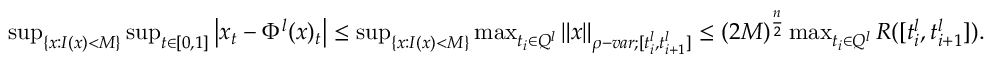
\begin{array} { r } { \operatorname* { s u p } _ { \{ x : I ( x ) < M \} } \operatorname* { s u p } _ { t \in [ 0 , 1 ] } \left| x _ { t } - \Phi ^ { l } ( x ) _ { t } \right| \leq \operatorname* { s u p } _ { \{ x : I ( x ) < M \} } \operatorname* { m a x } _ { t _ { i } \in Q ^ { l } } { \left\lVert { x } \right\rVert } _ { \rho - v a r ; [ t _ { i } ^ { l } , t _ { i + 1 } ^ { l } ] } \leq ( 2 M ) ^ { \frac { n } { 2 } } \operatorname* { m a x } _ { t _ { i } \in Q ^ { l } } R ( [ t _ { i } ^ { l } , t _ { i + 1 } ^ { l } ] ) . } \end{array}